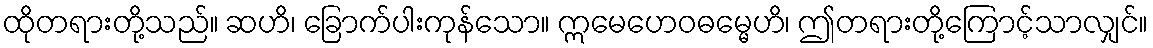
ထိုတရားတို့သည်။ ဆဟိ၊ ခြောက်ပါးကုန်သော။ ဣမေဟေဝဓမ္မေဟိ၊ ဤတရားတို့ကြောင့်သာလျှင်။